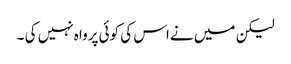
لیکن میں نے اس کی کوئی پرواہ نہیں کی ۔